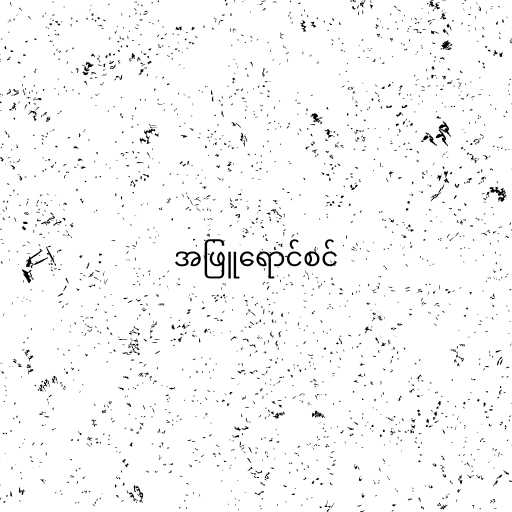
အဖြူရောင်စင်